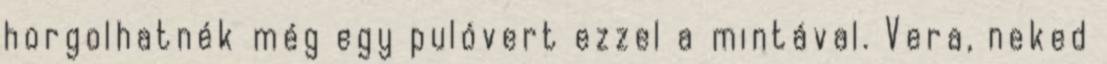
horgolhatnék még egy pulóvert ezzel a mintával. Vera, neked